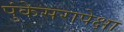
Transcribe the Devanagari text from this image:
पुंकेसरापेक्षा